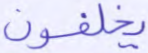
يخلفون